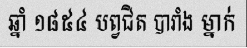
ឆ្នាំ ១៨៥៤ បព្វជិត បារាំង ម្នាក់